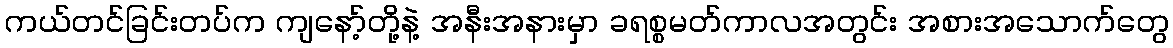
ကယ်တင်ခြင်းတပ်က ကျနော့်တို့နဲ့ အနီးအနားမှာ ခရစ္စမတ်ကာလအတွင်း အစားအသောက်တွေ